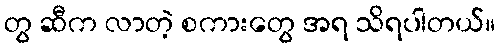
တွ ဆီက လာတဲ့ စကားတွေ အရ သိရပါတယ်။